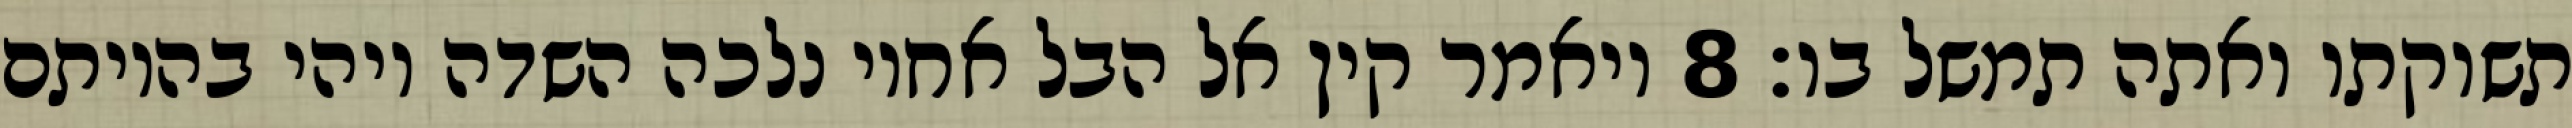
תשוקתו ואתה תמשל בו׃ ‎8‏ ויאמר קין אל הבל אחיו נלכה השדה ויהי בהיותם